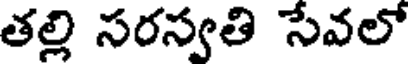
తల్లి సరస్వతి సేవలో